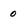
Character: o